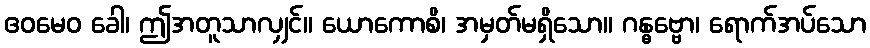
ဧဝမေဝ ခေါ၊ ဤအတူသာလျှင်။ ယောကောစိ၊ အမှတ်မရှိသော။ ဂန္ဓဗ္ဗော၊ ရောက်အပ်သော